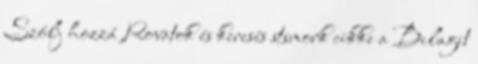
Szólj hozzá Rovatok és keresés stsmork cikke a Bilagit